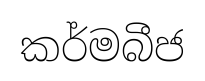
කර්මබීජ